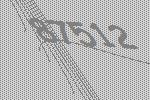
87512